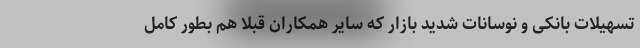
تسهیلات بانکی و نوسانات شدید بازار که سایر همکاران قبلا هم بطور کامل